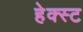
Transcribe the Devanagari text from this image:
हेक्स्ट